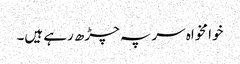
خوا مخواہ سر پہ چڑھ رہے ہیں۔